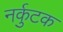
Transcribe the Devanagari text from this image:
नर्कुटक